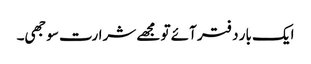
ایک بار دفتر آئے تو مجھے شرارت سوجھی۔